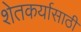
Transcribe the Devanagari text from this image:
शेतकर्यासाठी